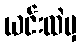
ယင်းထဲမှ